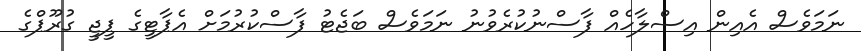
ނަމަވެސް އެއިން އިސްލާހެއް ފާސްނުކުރެވުނު ނަމަވެސް ބަޖެޓު ފާސްކުރުމަށް އެޕާޓީގެ ޕީޖީ ގުރޫޕްގެ